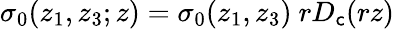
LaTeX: \sigma_{0}(z_{1},z_{3};z)=\sigma_{0}(z_{1},z_{3})\ rD_{\mathsf{c}}(rz)